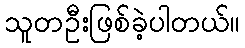
သူတဦးဖြစ်ခဲ့ပါတယ်။